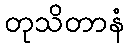
တုသိတာနံ